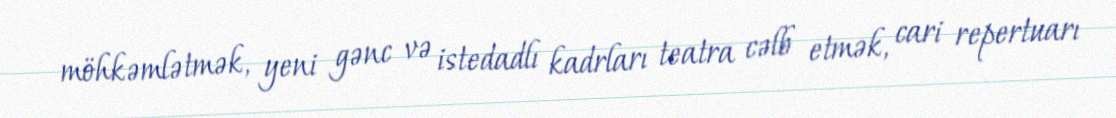
möhkəmlətmək, yeni gənc və istedadlı kadrları teatra cəlb etmək, cari repertuarı